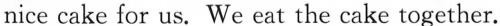
nice cake for us. We eat the cake together.